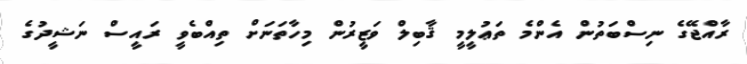
ރާއްޖޭގެ ނިސްބަތުން އެންމެ ތަޢުލީމީ ޤާބިލް ވަޒީރުން މިހާތަނަށް ތިއްބެވީ ރައީސް ނަޝީދުގެ